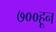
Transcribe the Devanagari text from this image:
७००हून